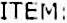
ITEM: